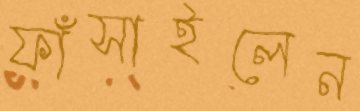
ফাঁসাইলেন